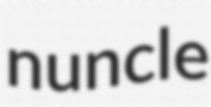
nuncle